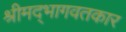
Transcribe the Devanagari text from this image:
श्रीमद्‌भागवतकार